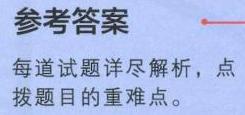
参考答案
每道试题详尽解析，点
拨题目的重难点。